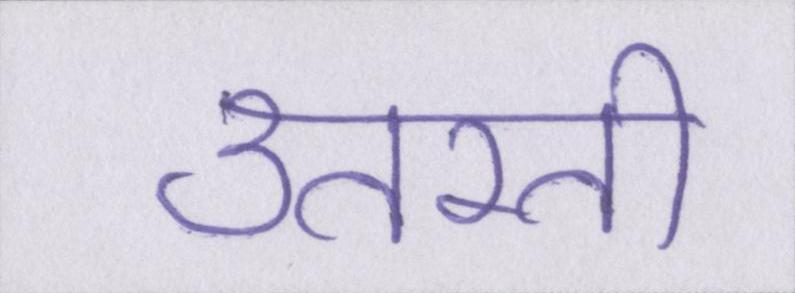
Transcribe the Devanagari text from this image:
उतरती